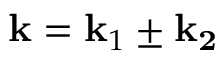
\mathbf { k } = \mathbf { k } _ { 1 } \pm \mathbf { k _ { 2 } }